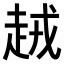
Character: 𧻪